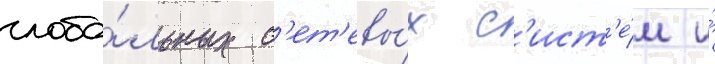
глоба́льных с'ет'евы́х с'ист'е́м и́